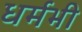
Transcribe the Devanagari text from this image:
धर्मभी